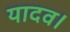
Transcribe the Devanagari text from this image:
यादव।